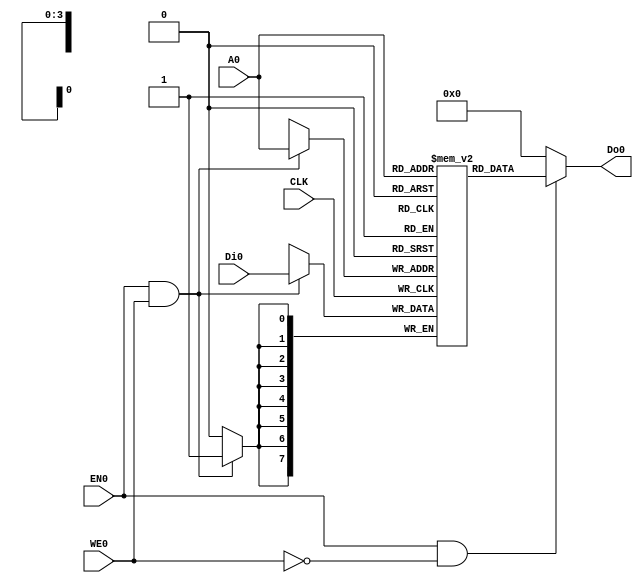
/// sta-blackbox

`default_nettype none
`timescale 1ns/1ps

module RAM16(
`ifdef USE_POWER_PINS
  input wire        VPWR,
  input wire        VGND,
`endif
  input CLK,
  input EN0,
  input WE0,
  input [3:0] A0,
  input [7:0] Di0,
  output [7:0] Do0
);

reg [7:0] memory[0:15];

always @(posedge CLK)
  begin
    if (EN0 & WE0)
      memory[A0] <= Di0;
  end

assign Do0 = (EN0 & ~WE0) ? memory[A0] : 8'b0;

endmodule